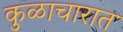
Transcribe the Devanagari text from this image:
कुळाचारात